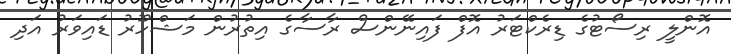
އޮންލީ ރިސޯޓުގެ ޑިރެކްޓަރު އޮފް ފައިނޭންސް ރާސާގެ އިތުރުން މަޝްހޫރު ޑައިވަރު އަދި